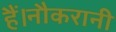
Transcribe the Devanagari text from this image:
हैं।नौकरानी